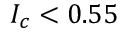
I _ { c } < 0 . 5 5